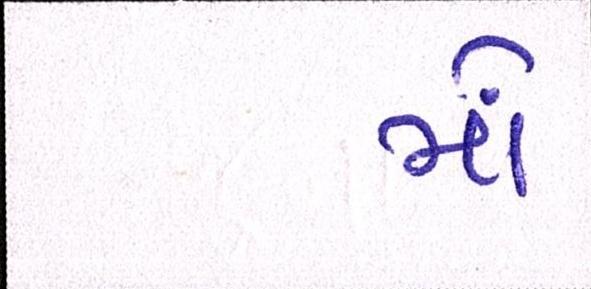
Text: મોં